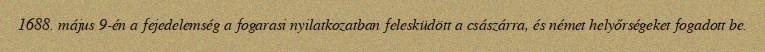
1688. május 9-én a fejedelemség a fogarasi nyilatkozatban felesküdött a császárra, és német helyőrségeket fogadott be.